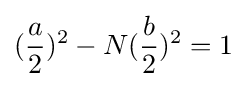
({\frac {a}{2}})^{2}-N({\frac {b}{2}})^{2}=1